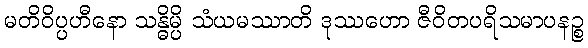
မတိဝိပ္ပဟီနော သန္ဓိမ္ပိ သံယမဿာတိ ဒုဿဟော ဇီဝိတပရိသမာပနဉ္စ